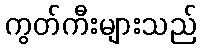
ကွတ်ကီးများသည်